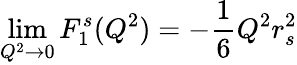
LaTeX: \operatorname*{lim}_{Q^{2}\rightarrow 0}F_{1}^{s}(Q^{2})=-{\frac{1}{6}}Q^{2}r_{s}^{2}